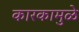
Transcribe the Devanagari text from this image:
कारकामुळे